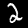
Digit: 2